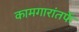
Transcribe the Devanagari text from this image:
कामगारांतर्फे